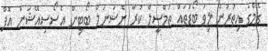
ގޭމްގެ އިތުރުން ލިވަ ބޯޑުތައް ތަމްސީލް ކުރާ ނެޝަނަލް ބޯޓިން އެސޯސިއޭޝަން އޮފް